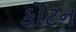
કોટન